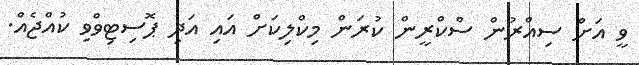
ވީ އަށް ސިއްރުން ސްކްރީން ކުރަން މިކްލިކަށް އައި އަދި ޕޮސިޓިވްވި ކުއްޖެއް.